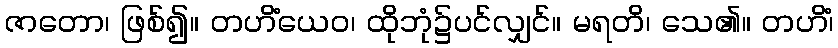
ဇာတော၊ ဖြစ်၍။ တဟိံယေဝ၊ ထိုဘုံ၌ပင်လျှင်။ မရတိ၊ သေ၏။ တဟိံ၊